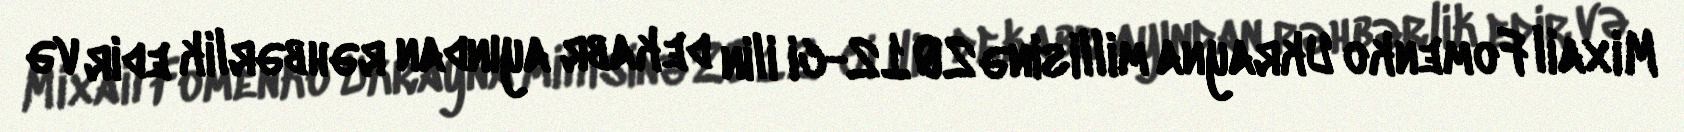
Mixail Fomenko Ukrayna millisinə 2012-ci ilin dekabr ayından rəhbərlik edir və